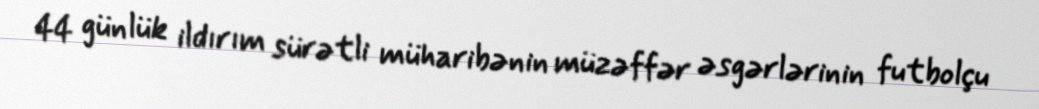
44 günlük ildırım sürətli müharibənin müzəffər əsgərlərinin futbolçu